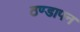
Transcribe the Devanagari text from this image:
ठण्‍डापन